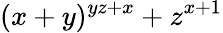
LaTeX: (x+y)^{yz+x}+z^{x+1}